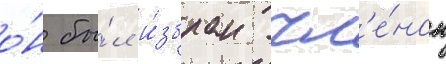
о́н бы́л и́збран чл'е́ном